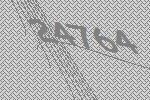
24764